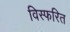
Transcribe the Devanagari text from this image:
विस्फरित